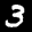
Label: 3